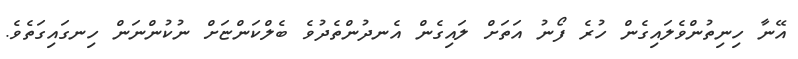
އޭނާ ހިނިތުންވެލައިގެން ހުރެ ފޯނު އަތަށް ލައިގެން އެނދުންތެދުވެ ބެލްކަންޏަށް ނުކުންނަން ހިނގައިގަތެވެ.